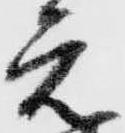
元